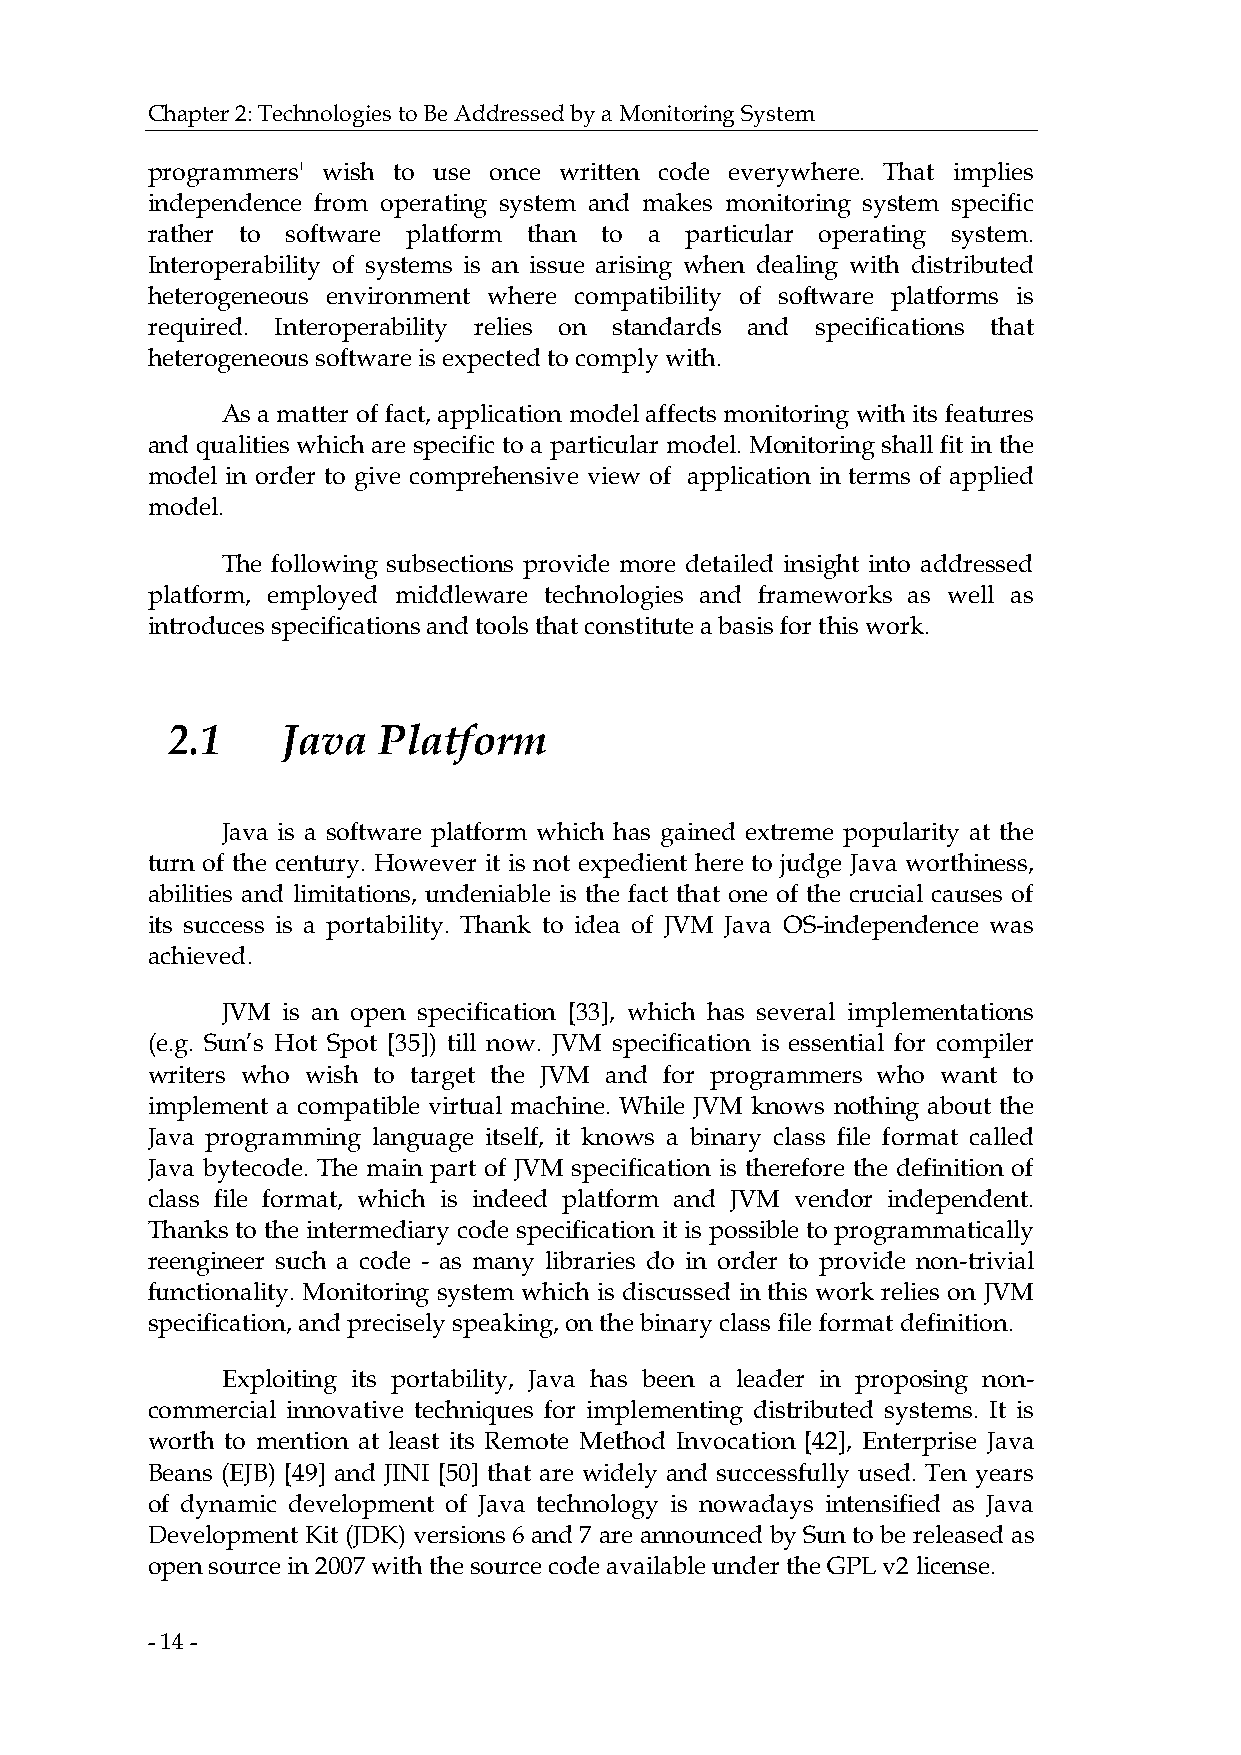
Chapter 2: Technologies to Be Addressed by a Monitoring System
 programmers' wish to use once written code everywhere. That implies
 independence from operating system and makes monitoring system specific
 rather to software platform than to a particular operating system.
 Interoperability of systems is an issue arising when dealing with distributed
 heterogeneous environment where compatibility of software platforms is
 required. Interoperability relies on standards and specifications that
 heterogeneous software is expected to comply with.
 As a matter of fact, application model affects monitoring with its features
 and qualities which are specific to a particular model. Monitoring shall fit in the
 model in order to give comprehensive view of application in terms of applied
 model.
 The following subsections provide more detailed insight into addressed
 platform, employed middleware technologies and frameworks as well as
 introduces specifications and tools that constitute a basis for this work.
 2.1     Java  Platform
 Java is a software platform which has gained extreme popularity at the
 turn of the century. However it is not expedient here to judge Java worthiness,
 abilities and limitations, undeniable is the fact that one of the crucial causes of
 its success is a portability. Thank to idea of JVM Java OS-independence was
 achieved.
 JVM is an open specification [33], which has several implementations
 (e.g. Sun’s Hot Spot [35]) till now. JVM specification is essential for compiler
 writers who wish to target the JVM and for programmers who want to
 implement a compatible virtual machine. While JVM knows nothing about the
 Java programming language itself, it knows a binary class file format called
 Java bytecode. The main part of JVM specification is therefore the definition of
 class file format, which is indeed platform and JVM vendor independent.
 Thanks to the intermediary code specification it is possible to programmatically
 reengineer such a code - as many libraries do in order to provide non-trivial
 functionality. Monitoring system which is discussed in this work relies on JVM
 specification, and precisely speaking, on the binary class file format definition.
 Exploiting its portability, Java has been a leader in proposing non-
 commercial innovative techniques for implementing distributed systems. It is
 worth to mention at least its Remote Method Invocation [42], Enterprise Java
 Beans (EJB) [49] and JINI [50] that are widely and successfully used. Ten years
 of dynamic development of Java technology is nowadays intensified as Java
 Development Kit (JDK) versions 6 and 7 are announced by Sun to be released as
 open source in 2007 with the source code available under the GPL v2 license.
 - 14 -